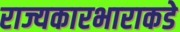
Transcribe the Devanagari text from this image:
राज्यकारभाराकडे